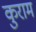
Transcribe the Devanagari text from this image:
कुराम